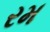
રમ